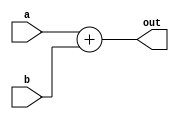
//Name:yazan issa alhroub
//ID:0145597


module Adder32bit (out, a, b); 
input [31:0]a, b; 
output [31:0]out; 

assign #50 out=a+b;
// implementation details are left to the student  

endmodule 

//////////////////////////////////////////////////////

 module SignExtend (out, in); 
input [15:0]in; 
output [31:0]out; 


assign out={{16{in[15]}},in};

// implementation details are left to the student  

endmodule 

//////////////////////////////////////////////////////

module Comparator32bit (equal, a, b); 
input [31:0]a, b; 
output equal; 
reg equal;
always @(a or b)
#10 if(a==b)
equal=1'b1;
else
equal=1'b0;

// implementation details are left to the student  

endmodule 

//////////////////////////////////////////////////////

module ShiftLeft26_by2(out, in); 
input [25:0]in; 
output [27:0]out; 


assign out=in<<2;

// implementation details are left to the student  

endmodule 

//////////////////////////////////////////////////////

module ShiftLeft32_by2(out, in); 
input [31:0]in; 
output [31:0]out; 

assign out=in<<2;
// implementation details are left to the student  

endmodule 

//////////////////////////////////////////////////////

module Mux_3_to_1_5bit(out, s, i2, i1, i0); 
input [4:0] i2, i1, i0; 
input [1:0]s; 
output [4:0]out; 
reg [4:0]out;
always @(s or i0 or i1 or i2)
#6 case (s)
2'b00 :  out=i0;
2'b01 :  out=i1;
2'b10 :  out=i2;
endcase

/*assign #6 out=(i0[4:0]& ~s[1] & ~s[0])|
              (i1[4:0]& ~s[1] & s[0])|
              (i2[4:0]& s[1] & ~s[0]);*/

// implementation details are left to the student  

endmodule 

//////////////////////////////////////////////////////

module Mux_3_to_1_32bit(out, s, i2, i1, i0); 
input [31:0] i2, i1, i0; 
input [1:0]s; 
output [31:0]out; 
reg [31:0]out;
always @(s or i0 or i1 or i2)
#6
case (s)
2'b00 :  out=i0;
2'b01 :  out=i1;
2'b10 :  out=i2;
endcase

 


 /*assign #6 out=       (i0[31:0]& ~s[1] & ~s[0])|
              (i1[31:0]& ~s[1] & s[0])|
              (i2[31:0]& s[1] & ~s[0]);*/



// implementation details are left to the student  

endmodule 

//////////////////////////////////////////////////////

module Mux_2_to_1_32bit(out, s, i1, i0); 
input [31:0] i1, i0; 
input s; 
output [31:0]out; 
reg [31:0]out;
always @(s or i0 or i1)
#6 case (s)
1'b0 :  out=i0;
1'b1 :  out=i1;
endcase

//assign #6 out=(i0[31:0]& ~s)|(i1[31:0]& s);

// implementation details are left to the student  

endmodule